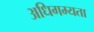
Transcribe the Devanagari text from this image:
अधिगम्यता